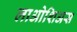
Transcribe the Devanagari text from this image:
लाओशिअस